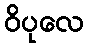
ဝိပုလေ